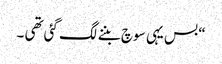
“ بس یہی سوچ بننے لگ گئی تھی ۔